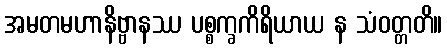
အမတမဟာနိဗ္ဗာနဿ ပစ္စက္ခကိရိယာယ န သံဝတ္တတိ။